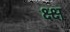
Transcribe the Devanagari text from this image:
क्ष्क्ष